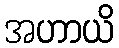
အဟာယိ